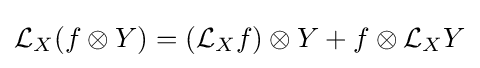
{\mathcal {L}}_{X}(f\otimes Y)=({\mathcal {L}}_{X}f)\otimes Y+f\otimes {\mathcal {L}}_{X}Y